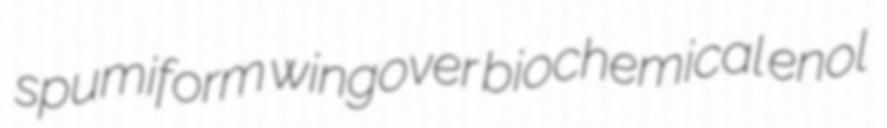
spumiform wingover biochemical enol